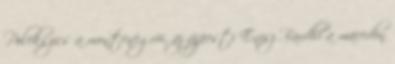
Polekszics a montenegrói, az újpesti Enisz Bardhi a macedón